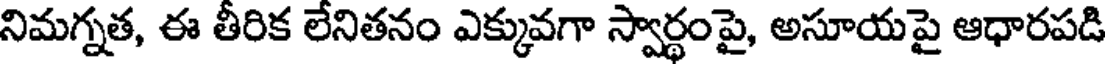
నిమగ్నత, ఈ తీరిక లేనితనం ఎక్కువగా స్వార్థంపై, అసూయపై ఆధారపడి